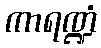
ကာရဏ္ဍံ